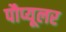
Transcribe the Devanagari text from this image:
पौप्यूलर